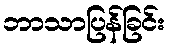
ဘာသာပြန်ခြင်း